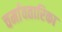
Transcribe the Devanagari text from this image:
चर्मावतारिका